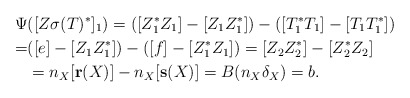
\begin{align*}\Psi & ([Z\sigma (T)^*]_1) = ([Z_1^*Z_1]-[Z_1Z_1^*])-([T_1^*T_1]-[T_1T_1^*])\\ =& ([e]-[Z_1Z_1^*])-([f]-[Z_1^*Z_1])= [Z_2Z_2^*]-[Z_2^*Z_2]\\& = n_X[{\bf r}(X)]- n_X [{\bf s}(X)] = B(n_X\delta_X) = b.\end{align*}